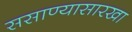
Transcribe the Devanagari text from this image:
ससाण्यासारखा